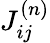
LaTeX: J_{ij}^{(n)}